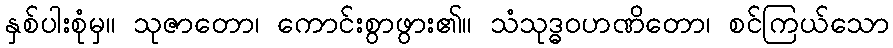
နှစ်ပါးစုံမှ။ သုဇာတော၊ ကောင်းစွာဖွား၏။ သံသုဒ္ဓဝဟဏိတော၊ စင်ကြယ်သော